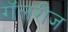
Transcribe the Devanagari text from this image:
गॅलरीज